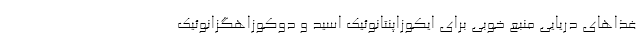
غذاهای دریایی منبع خوبی برای ایکوزاپنتانوئیک اسید و دوکوزاهگزانوئیک